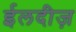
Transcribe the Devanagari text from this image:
ईलदीज़